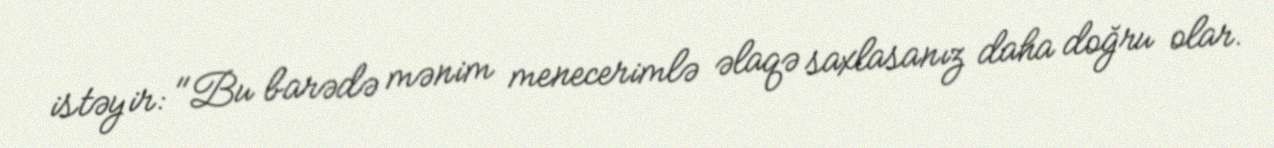
istəyir: "Bu barədə mənim menecerimlə əlaqə saxlasanız daha doğru olar.